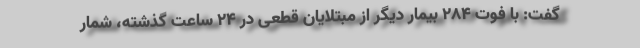
گفت: با فوت ۲۸۴ بیمار دیگر از مبتلایان قطعی در ۲۴ ساعت گذشته، شمار